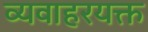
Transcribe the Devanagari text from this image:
व्यवाहरयक्त